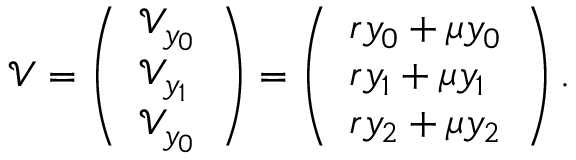
\mathcal { V } = \left( \begin{array} { l } { \mathcal { V } _ { y _ { 0 } } } \\ { \mathcal { V } _ { y _ { 1 } } } \\ { \mathcal { V } _ { y _ { 0 } } } \end{array} \right) = \left( \begin{array} { l } { r y _ { 0 } + \mu y _ { 0 } } \\ { r y _ { 1 } + \mu y _ { 1 } } \\ { r y _ { 2 } + \mu y _ { 2 } } \end{array} \right) .